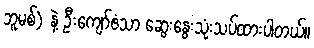
ဘူမစ်) နဲ့ ဦးကျော်ဇံသာ ဆွေးနွေးသုံးသပ်ထားပါတယ်။